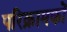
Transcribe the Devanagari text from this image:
परिक्रामकों